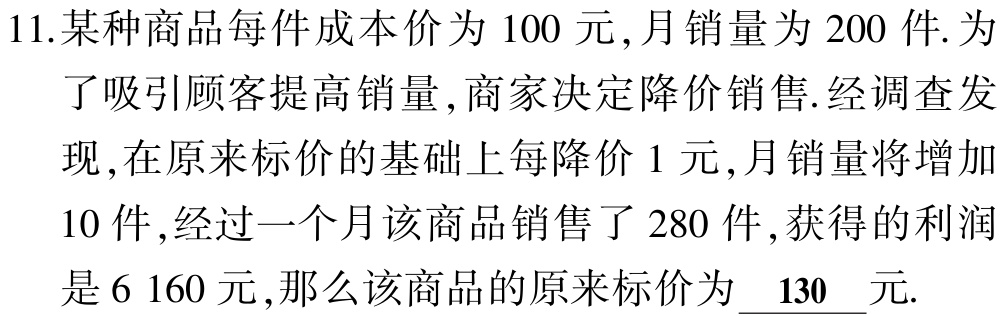
11.某种商品每件成本价为 100 元,月销量为 200 件. 为

了吸引顾客提高销量 ,商家决定降价销售.经调查发

现 ,在原来标价的基础上每降价 1 元 ,月销量将增加

10 件 ,经过一个月该商品销售了 280 件 ,获得的利润

是 6 160 元 ,那么该商品的原来标价为$\underline{130}$元.